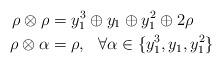
LaTeX: \begin{align*}\rho \otimes \rho &= y_1^3\oplus y_1 \oplus y_1^2 \oplus 2\rho \\ \rho \otimes \alpha &= \rho, \ \ \forall\alpha \in \{y_1^3,y_1,y_1^2\}\end{align*}